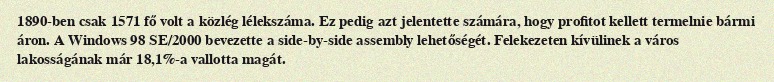
1890-ben csak 1571 fő volt a közlég lélekszáma. Ez pedig azt jelentette számára, hogy profitot kellett termelnie bármi áron. A Windows 98 SE/2000 bevezette a side-by-side assembly lehetőségét. Felekezeten kívülinek a város lakosságának már 18,1%-a vallotta magát.